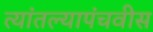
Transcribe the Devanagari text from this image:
त्यांतल्यापंचवीस